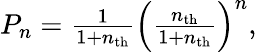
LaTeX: \begin{array}{r}{P_{n}=\frac{1}{1+n_{\mathrm{th}}}\left(\frac{n_{\mathrm{th}}}{1+n_{\mathrm{th}}}\right)^{n},}\end{array}